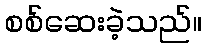
စစ်ဆေးခဲ့သည်။